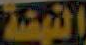
النهضة